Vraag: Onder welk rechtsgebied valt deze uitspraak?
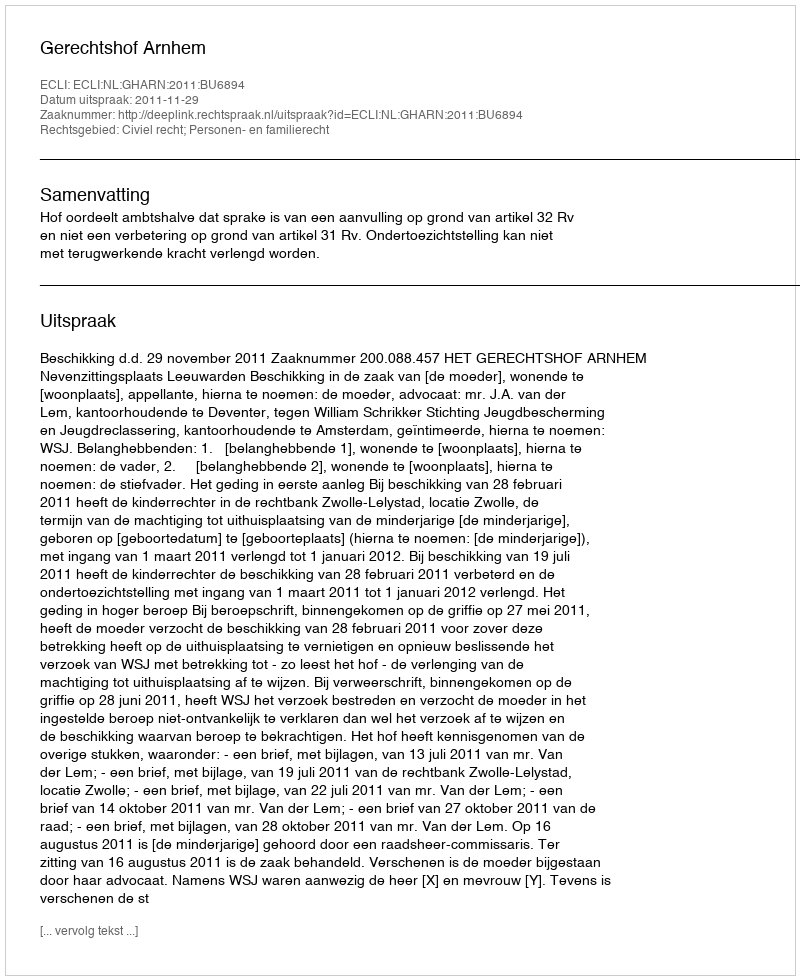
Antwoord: Civiel recht; Personen- en familierecht